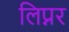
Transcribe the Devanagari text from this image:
लिप्नर